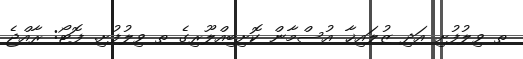
ތ ވިލުފުށި އަދި ޒުލައިޚާ އުސްމާން ކޮށިބިއްލޫރިގެ ތ ވިލުފުށި. ފޮޓޯ: ރާއްޖެ